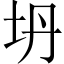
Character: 坍